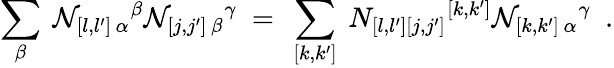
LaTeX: \sum_{\beta}\ \mathcal{N}_{[l,l^{\prime}]\, \alpha}{}^{\beta}\mathcal{N}_{[j,j^{\prime}]\, \beta}{}^{\gamma}\ =\ \sum_{[k,k^{\prime}]}\ N_{[l,l^{\prime}][j,j^{\prime}]}{}^{[k,k^{\prime}]}\mathcal{N}_{[k,k^{\prime}]\, \alpha}{}^{\gamma}\ \ .